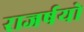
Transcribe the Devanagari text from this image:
राजर्षयो